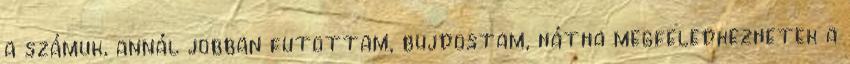
a számuk, annál jobban futottam, bujdostam, hátha megfeledkezhetek a